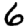
Digit: 6